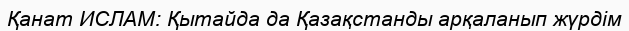
Қанат ИСЛАМ: Қытайда да Қазақстанды арқаланып жүрдім